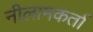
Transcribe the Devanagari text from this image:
नीलामकर्ता